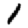
Digit: 1